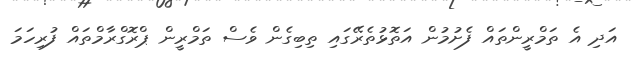
އަދި އެ ތަމްރީންތައް ފެށުމުން އަތޮޅުތެރޭގައި ތިބިގެން ވެސް ތަމްރީން ޕްރޮގްރާމްތައް ފުރިހަމަ